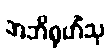
အဘိရုဟိံသု